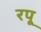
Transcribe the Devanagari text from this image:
रपू